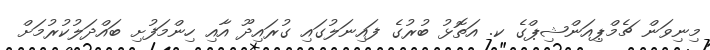
މިނިވަން ޗެމްޕިއަންޝިޕްގެ ކ. އަތޮޅު ބުރުގެ ފައިނަލުގައި ގުރައިދޫ އާއި ހިންމަފުށި ބައްދަލުކުރުމަށް